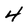
Character: 4